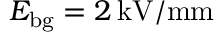
E _ { \mathrm { { b g } } } = 2 \, \mathrm { k V / m m }